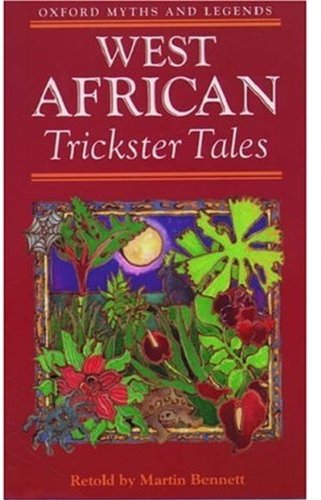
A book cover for West African Trickster Tales (Oxford Myths and Legends); Children's Books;